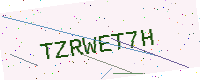
Text: TZRWET7H